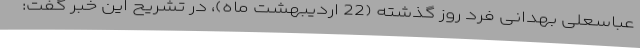
عباسعلی بهدانی فرد روز گذشته (22 اردیبهشت ماه)، در تشریح این خبر گفت: